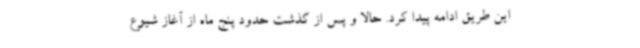
این طریق ادامه پیدا کرد. حالا و پس از گذشت حدود پنج ماه از آغاز شیوع